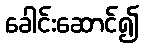
ခေါင်းဆောင်၍